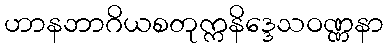
ဟာနဘာဂိယစတုက္ကနိဒ္ဒေသဝဏ္ဏနာ